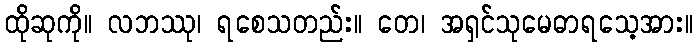
ထိုဆုကို။ လဘဿု၊ ရစေသတည်း။ တေ၊ အရှင်သုမေဓာရသေ့အား။